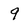
Character: 9